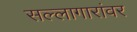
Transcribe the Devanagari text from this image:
सल्लागारांवर